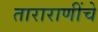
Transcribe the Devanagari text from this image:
ताराराणींचे